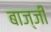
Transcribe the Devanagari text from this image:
बाज्जी